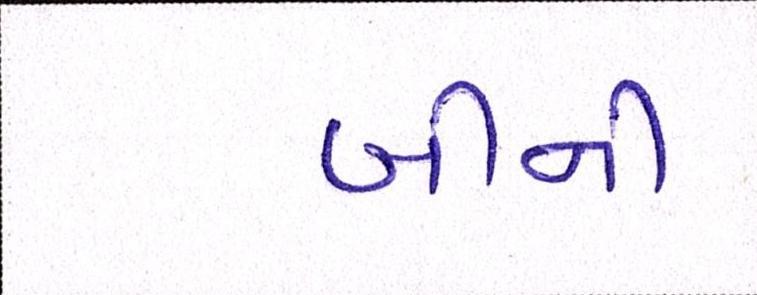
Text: બીની